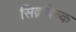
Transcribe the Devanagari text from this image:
सिद्गविच्क